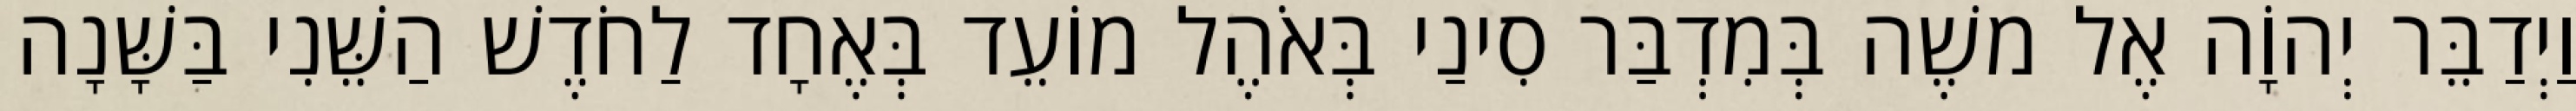
וַיְדַבֵּר יְהוָֹה אֶל משֶׁה בְּמִדְבַּר סִינַי בְּאֹהֶל מוֹעֵד בְּאֶחָד לַחֹדֶשׁ הַשֵּׁנִי בַּשָּׁנָה